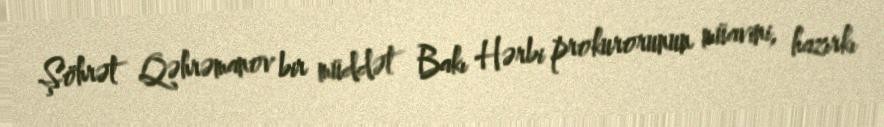
Şöhrət Qəhrəmanov bir müddət Bakı Hərbi prokurorunun müavini, hazırkı